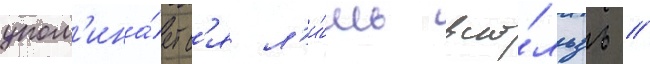
упом'ина́етс'я л'и́шь вско́льзь //